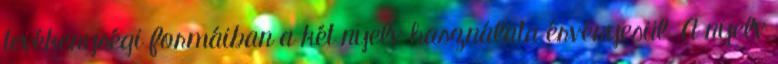
tevékenységi formáiban a két nyelv használata érvényesül. A nyelv